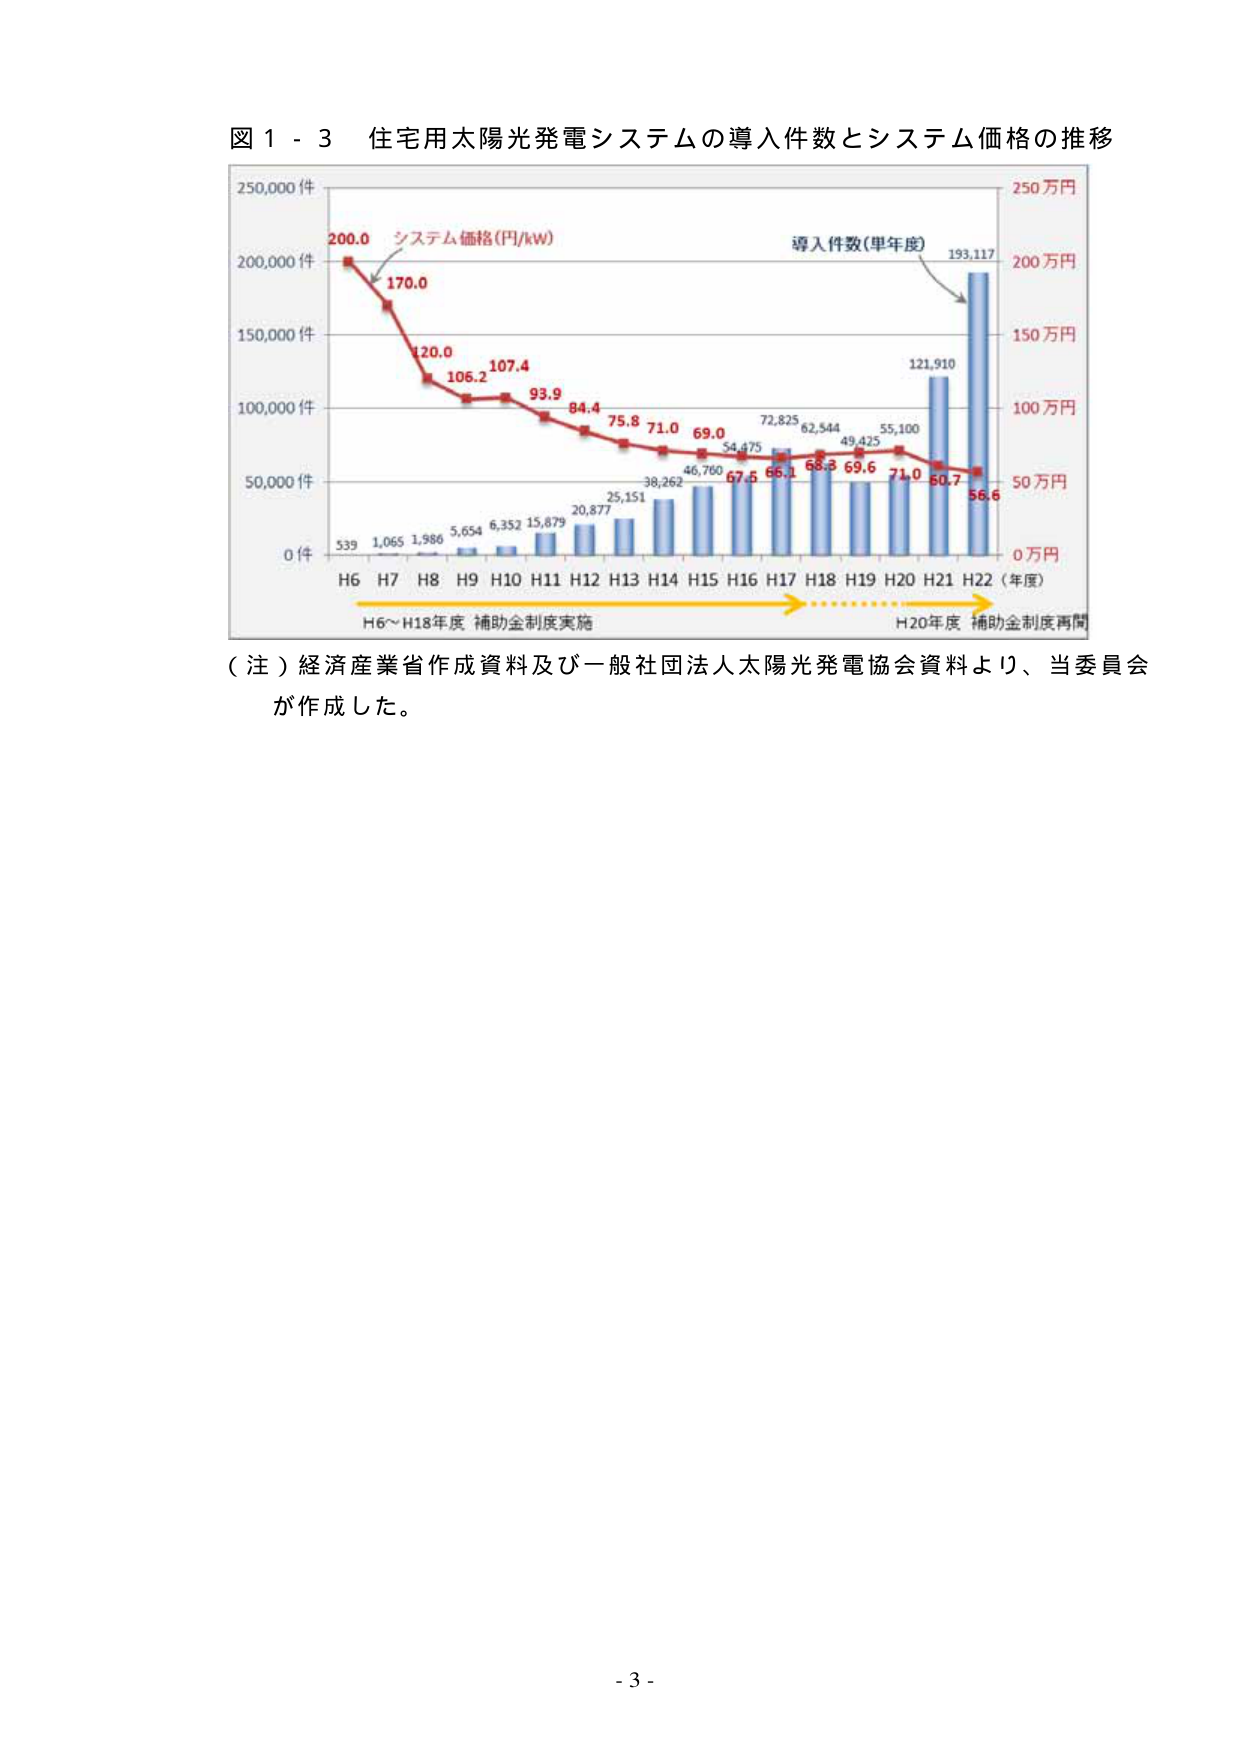
図１－３ 住宅用太陽光発電システムの導入件数とシステム価格の推移

250,000件
200,000件
150,000件
100,000件
50,000件
0件

200.0
170.0
120.0
106.2
107.4
93.9
84.4
75.8
71.0
69.0
67.5
65.1
68.3
69.6
71.0
60.7
56.6

システム価格(円/kW)

導入件数(単年度)

539
1,065
1,986
5,654
6,352
15,879
20,877
25,151
38,262
46,760
54,475
72,825
62,544
49,425
55,100
121,910
193,117

H6 H7 H8 H9 H10 H11 H12 H13 H14 H15 H16 H17 H18 H19 H20 H21 H22（年度）

H6～H18年度 補助金制度実施
H20年度 補助金制度再開

250万円
200万円
150万円
100万円
50万円
0万円

（注）経済産業省作成資料及び一般社団法人太陽光発電協会資料より、当委員会が作成した。

- 3 -